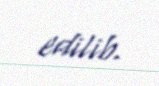
edilib.